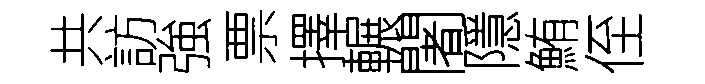
共訪強票擇輾闍隱鮪侄